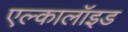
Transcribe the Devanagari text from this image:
एल्कालॉइड